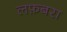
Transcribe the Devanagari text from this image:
लफ़बरा